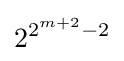
2^{2^{m+2}-2}